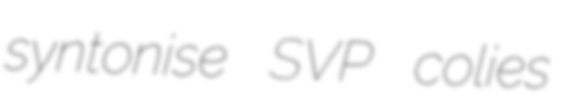
syntonise SVP colies